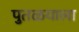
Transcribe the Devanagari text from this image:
पुतळयाला